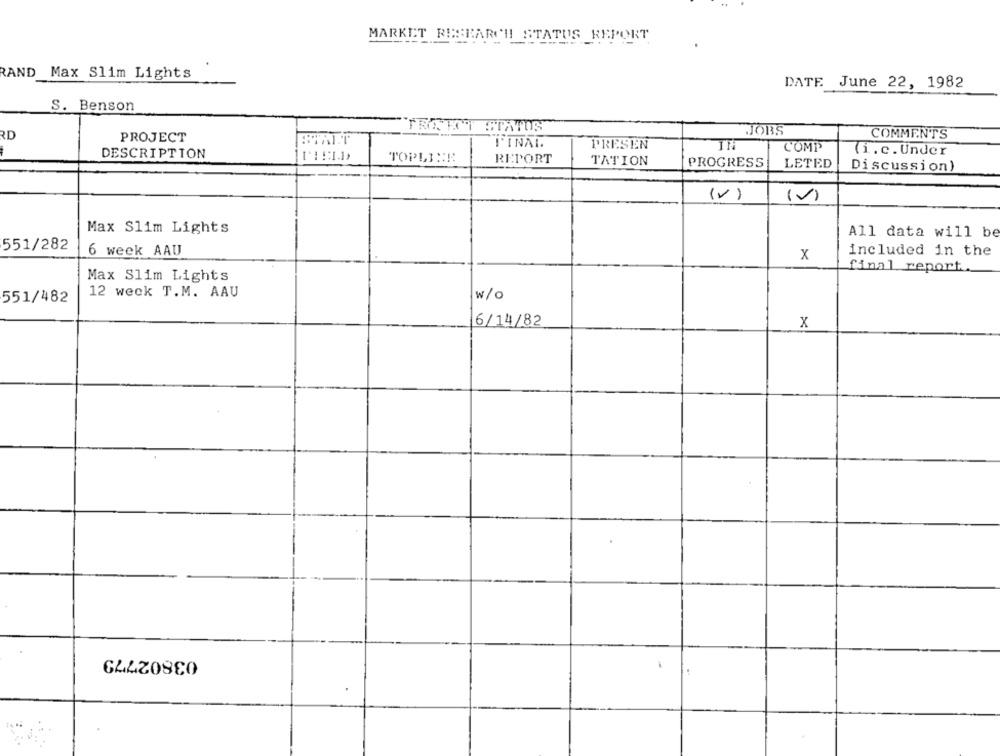
MARKET RESEARCH STATUS REPORT
RAND
Max Slim Lights
DATE. June 22, 1982
S. Benson
TRATOT STATUS
RD
JOBS
COMMENTS
PROJECT
L'INAL
PRESEN
COME
(i.c. Under
DESCRIPTION
TOPLINE
REPORT
TATION
PROGRESS
LETED
Discussion)
(V)
(v)
Max Slim Lights
All data will be
551/282
6 week AAU
X
included in the
final report.
Max Slim Lights
12 weck T.M. AAU
w/O
551/482
6/14/82
X
03802779